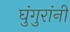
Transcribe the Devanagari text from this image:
घुंगुरांनी